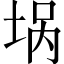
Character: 埚